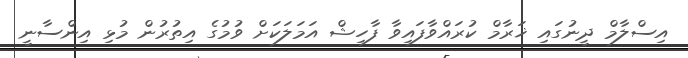
އިސްލާމް ދީނުގައި ޚަރާމް ކުރައްވާފައިވާ ފާހިޝް އަމަލަކަށް ވުމުގެ އިތުރުން މުޅި އިންސާނީ